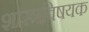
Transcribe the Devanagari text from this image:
शास्त्रविषयक